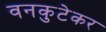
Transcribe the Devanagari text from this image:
वनकुटेकर